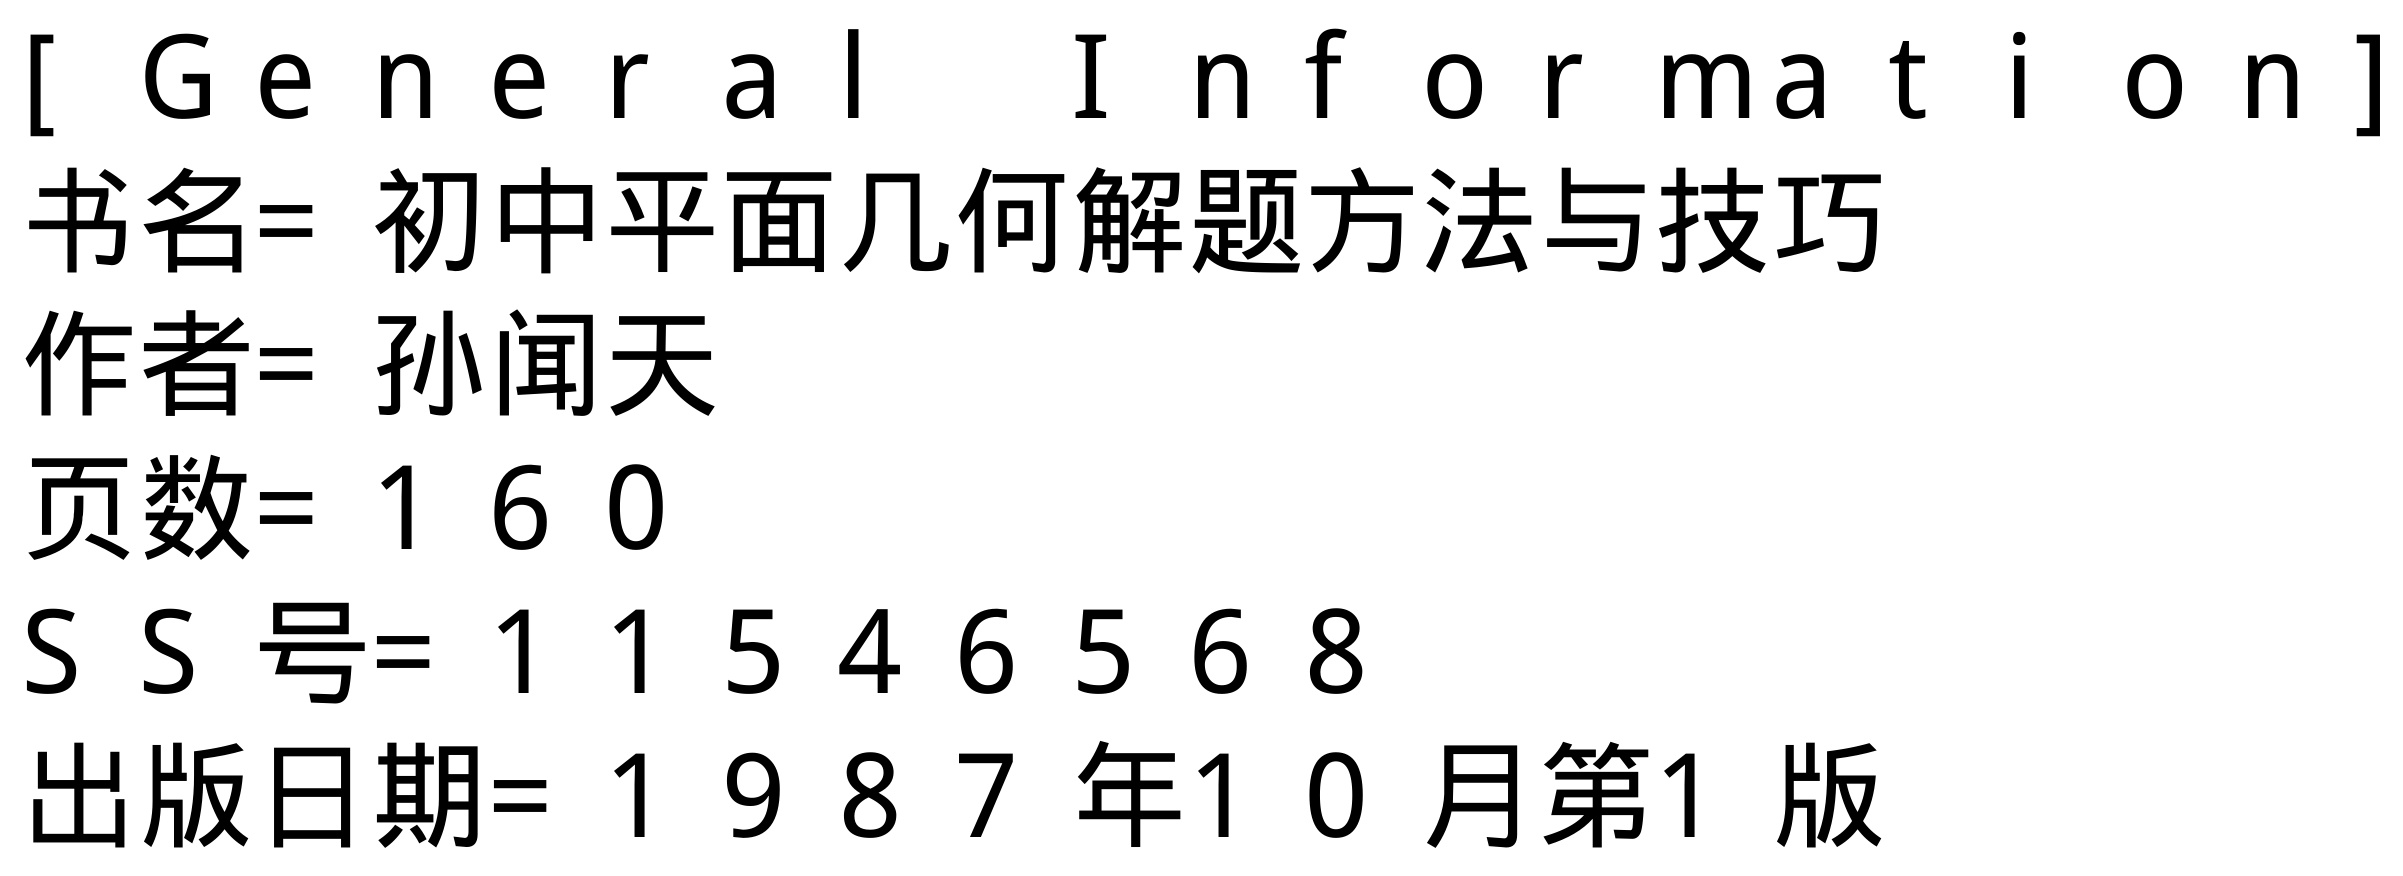
\begin{verbatim}
[ General Information]
书名= 初中平面几何解题方法与技巧
作者= 孙闻天
页数= 160
SS号= 11546568
出版日期= 1987年10月第1版
\end{verbatim}